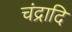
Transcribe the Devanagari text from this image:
चंद्रादि